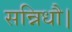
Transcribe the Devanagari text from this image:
सन्निधौ।